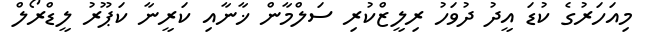
މިއަހަރުގެ ކުޑަ އީދު ދުވަހު ރިލީޒްކުރި ސަލްމާން ޚާނާއި ކަރީނާ ކަޕޫރު ލީޑްރޯލް